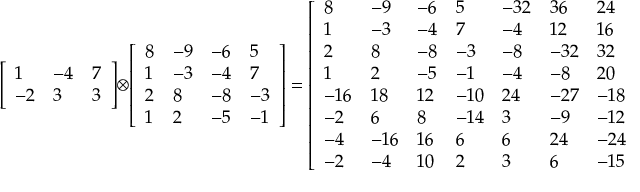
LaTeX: { \left[ \begin{array} { l l l } { 1 } & { - 4 } & { 7 } \\ { - 2 } & { 3 } & { 3 } \end{array} \right] } \otimes { \left[ \begin{array} { l l l l } { 8 } & { - 9 } & { - 6 } & { 5 } \\ { 1 } & { - 3 } & { - 4 } & { 7 } \\ { 2 } & { 8 } & { - 8 } & { - 3 } \\ { 1 } & { 2 } & { - 5 } & { - 1 } \end{array} \right] } = { \left[ \begin{array} { l l l l l l l l l l l l } { 8 } & { - 9 } & { - 6 } & { 5 } & { - 3 2 } & { 3 6 } & { 2 4 } & { - 2 0 } & { 5 6 } & { - 6 3 } & { - 4 2 } & { 3 5 } \\ { 1 } & { - 3 } & { - 4 } & { 7 } & { - 4 } & { 1 2 } & { 1 6 } & { - 2 8 } & { 7 } & { - 2 1 } & { - 2 8 } & { 4 9 } \\ { 2 } & { 8 } & { - 8 } & { - 3 } & { - 8 } & { - 3 2 } & { 3 2 } & { 1 2 } & { 1 4 } & { 5 6 } & { - 5 6 } & { - 2 1 } \\ { 1 } & { 2 } & { - 5 } & { - 1 } & { - 4 } & { - 8 } & { 2 0 } & { 4 } & { 7 } & { 1 4 } & { - 3 5 } & { - 7 } \\ { - 1 6 } & { 1 8 } & { 1 2 } & { - 1 0 } & { 2 4 } & { - 2 7 } & { - 1 8 } & { 1 5 } & { 2 4 } & { - 2 7 } & { - 1 8 } & { 1 5 } \\ { - 2 } & { 6 } & { 8 } & { - 1 4 } & { 3 } & { - 9 } & { - 1 2 } & { 2 1 } & { 3 } & { - 9 } & { - 1 2 } & { 2 1 } \\ { - 4 } & { - 1 6 } & { 1 6 } & { 6 } & { 6 } & { 2 4 } & { - 2 4 } & { - 9 } & { 6 } & { 2 4 } & { - 2 4 } & { - 9 } \\ { - 2 } & { - 4 } & { 1 0 } & { 2 } & { 3 } & { 6 } & { - 1 5 } & { - 3 } & { 3 } & { 6 } & { - 1 5 } & { - 3 } \end{array} \right] }